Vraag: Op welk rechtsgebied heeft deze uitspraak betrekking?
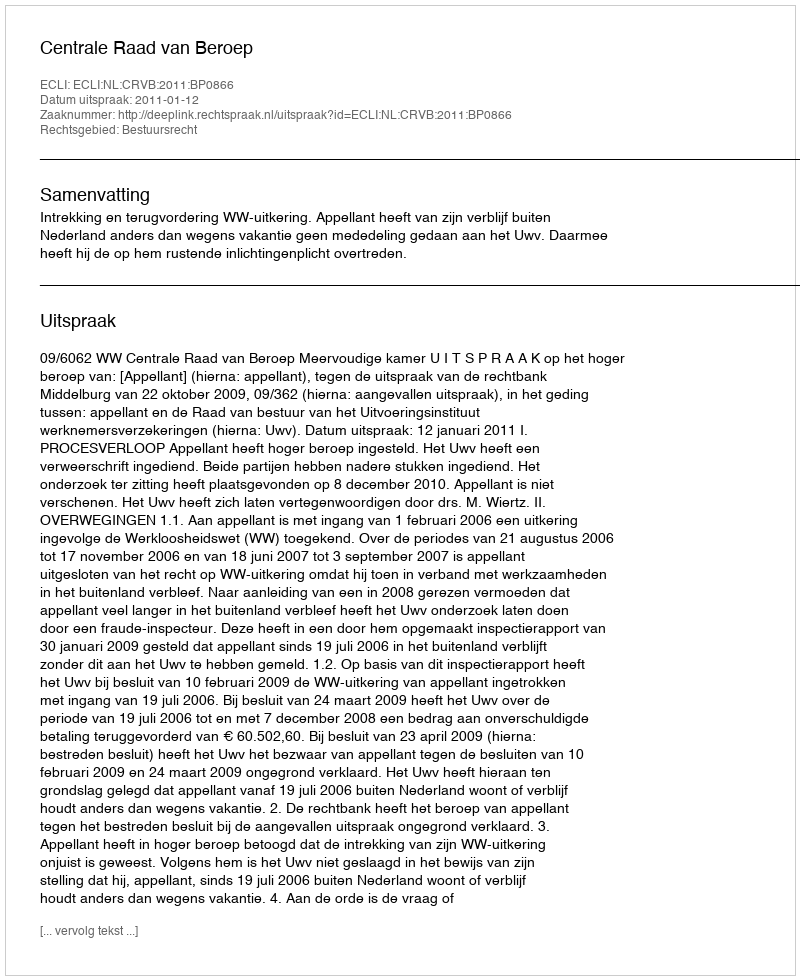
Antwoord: Bestuursrecht